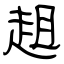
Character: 趄